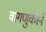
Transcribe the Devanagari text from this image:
वागणुकीने